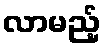
လာမည့်